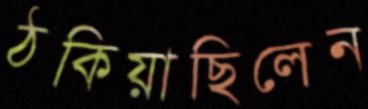
ঠকিয়াছিলেন